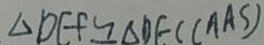
\Delta D E F \cong \Delta D E C ( A A S )